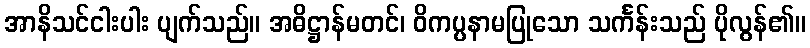
အာနိသင်ငါးပါး ပျက်သည်။ အဓိဋ္ဌာန်မတင်၊ ဝိကပ္ပနာမပြုသော သင်္ကန်းသည် ပိုလွန်၏။